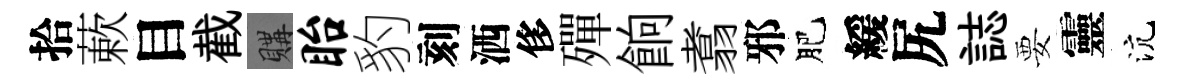
拾蔌目截購眙豹刻洒侈殫餉翥邪肥緩尻誌要靈沆